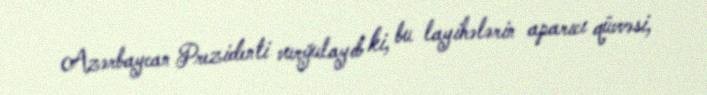
Azərbaycan Prezidenti vurğulayıb ki, bu layihələrin aparıcı qüvvəsi,